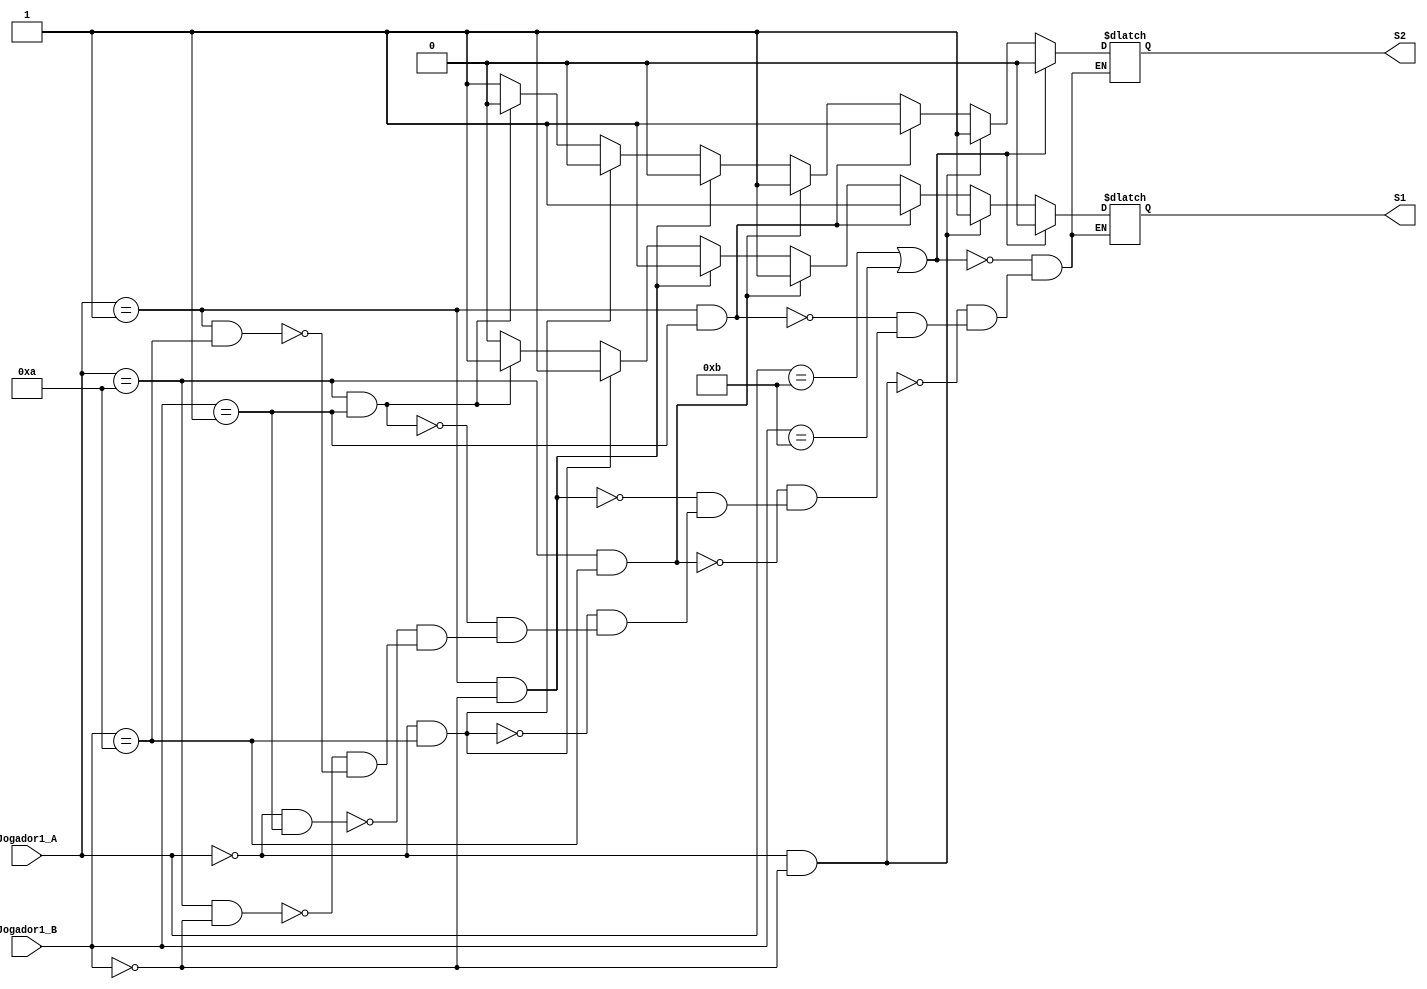
/*
UFFS
Milton Junior Viot
Sistemas Digitais

	00	Tesoura 	00	Empate
	01 	Pedra 		01	Jogador A Vence
	10	Papel 		10	Jogador B Vence
	11	Invlido    11	Invlido
*/
module PedraPapelTesoura (
		input [3:0] Jogador1_A,
		input [3:0] Jogador1_B,
		output S1,S2
);
reg S1R;
reg S2R;

assign S1=S1R;
assign S2=S2R;


	always @(Jogador1_A, Jogador1_B) begin


		if (Jogador1_A == 4'b1011 || Jogador1_B == 4'b1011)	begin	/* caso invalido*/
				S1R<= 0;
				S2R<= 0;
			end

		else if (Jogador1_A == 4'b0000 && Jogador1_B == 4'b0000)	begin/* Tesoura caso de empate*/
				S1R<= 1;
				S2R<= 1;
			end
		else if (Jogador1_A == 4'b0001 && Jogador1_B == 4'b0001)	begin/*Pedra  caso de empate*/
				S1R<= 1;
				S2R<= 1;
			end
		else if (Jogador1_A == 4'b1010 && Jogador1_B == 4'b1010) begin /* Papel caso de empate*/
				S1R<= 1;
				S2R<= 1;
			end
		else if (Jogador1_A == 4'b0001 && Jogador1_B == 4'b0000) begin /* Pedra caso de vitoria do Jogador A pedra sobre tesoura*/
				S1R<= 1;
				S2R<= 0;
			end
		else if (Jogador1_A == 4'b0000 && Jogador1_B == 4'b1010) begin /* Tesoura caso de vitoria do Jogador A tesoura sobre Papel*/
				S1R<= 1;
				S2R<= 0;
			end
		else if (Jogador1_A == 4'b1010 && Jogador1_B == 4'b0001) begin /* caso de vitoria do Jogador A Papel sobre Pedra*/
				S1R<= 1;
				S2R<= 0;
			end

		else if (Jogador1_A == 4'b0000  && Jogador1_B ==4'b0001) begin /* caso de vitoria do Jogador B pedra sobre tesoura*/
				S1R<= 0;
				S2R<= 1;
			end
		else if (Jogador1_A == 4'b1010 && Jogador1_B == 4'b0000) begin /* caso de vitoria do Jogador B tesoura sobre Papel*/
				S1R<= 0;
				S2R<= 1;
			end
		else if (Jogador1_A == 4'b0001 && Jogador1_B == 4'b1010) begin /* caso de vitoria do Jogador B Papel sobre Pedra*/
				S1R<= 0;
				S2R<= 1;
			end
	end

endmodule



module test;

reg [3:0]Jogador1_A;
reg [3:0]Jogador1_B;
wire S1;
wire S2;



PedraPapelTesoura P1 (Jogador1_A,Jogador1_B,S1,S2);

	initial begin
		$dumpvars (0,P1);
		#0;
		Jogador1_A <=4'b1011;
		Jogador1_B <= 4'b1011;

		#20;
		Jogador1_A <=4'b0000;
		Jogador1_B <= 4'b000;
		#50;
	end
endmodule
/*
UFFS
Milton Junior Viot
Sistemas Digitais

	00	Tesoura 	00	Empate
	01 	Pedra 		01	Jogador A Vence
	10	Papel 		10	Jogador B Vence
	11	Invlido    11	Invlido
	*/